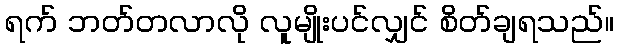
ရက် ဘတ်တလာလို လူမျိုးပင်လျှင် စိတ်ချရသည်။